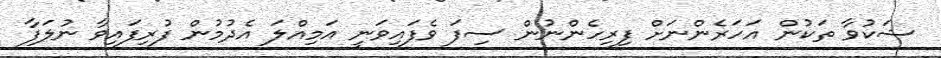
ޝަކުވާ ތަކުން އަހަރެންނަށް ފިރިހެންނުން ސިފަ ވެފައިވަނީ އަމިއްލަ އެދުމުން ފުރިފައިވާ ނުލަފާ